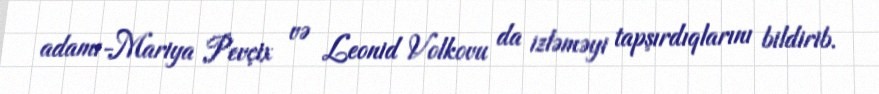
adamı-Mariya Pevçix və Leonid Volkovu da izləməyi tapşırdıqlarını bildirib.